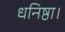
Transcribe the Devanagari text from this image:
धनिष्ठा।